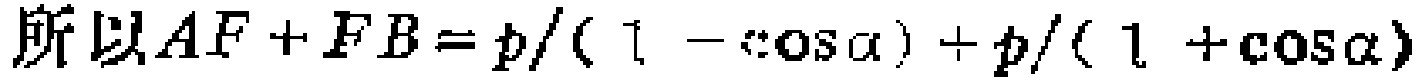
所以\(AF + FB = p/(1 - \cos\alpha) + p/(1 + \cos\alpha)\)